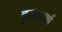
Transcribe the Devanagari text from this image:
वृन्तपर्ण